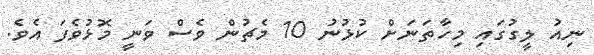
ނިއު ލީގުގައި މިހާތަނަށް ކުޅުނު 10 މެޗުން ވެސް ވަނީ މޮޅުވެފަ އެވެ.